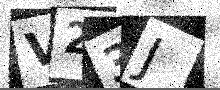
Text: V23J